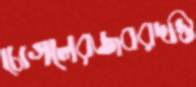
চোগলেরজবরদস্তি